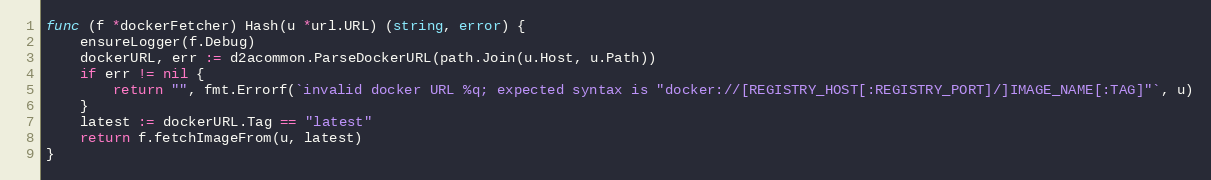
Language: Go
func (f *dockerFetcher) Hash(u *url.URL) (string, error) {
	ensureLogger(f.Debug)
	dockerURL, err := d2acommon.ParseDockerURL(path.Join(u.Host, u.Path))
	if err != nil {
		return "", fmt.Errorf(`invalid docker URL %q; expected syntax is "docker://[REGISTRY_HOST[:REGISTRY_PORT]/]IMAGE_NAME[:TAG]"`, u)
	}
	latest := dockerURL.Tag == "latest"
	return f.fetchImageFrom(u, latest)
}